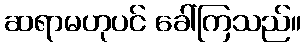
ဆရာမဟုပင် ခေါ်ကြသည်။